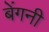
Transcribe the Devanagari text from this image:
बेंगनी